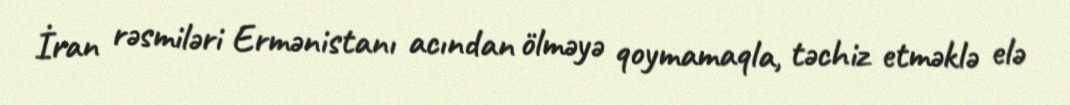
İran rəsmiləri Ermənistanı acından ölməyə qoymamaqla, təchiz etməklə elə